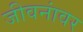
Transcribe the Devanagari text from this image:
जीवनांवर